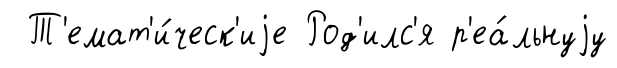
Т'емат'и́ческ'иjе Род'илс'я р'еа́льнуjу